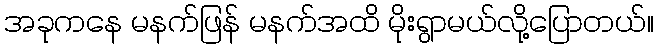
အခုကနေ မနက်ဖြန် မနက်အထိ မိုးရွာမယ်လို့ပြောတယ်။